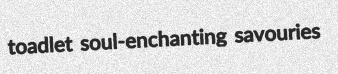
toadlet soul-enchanting savouries